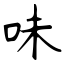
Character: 味